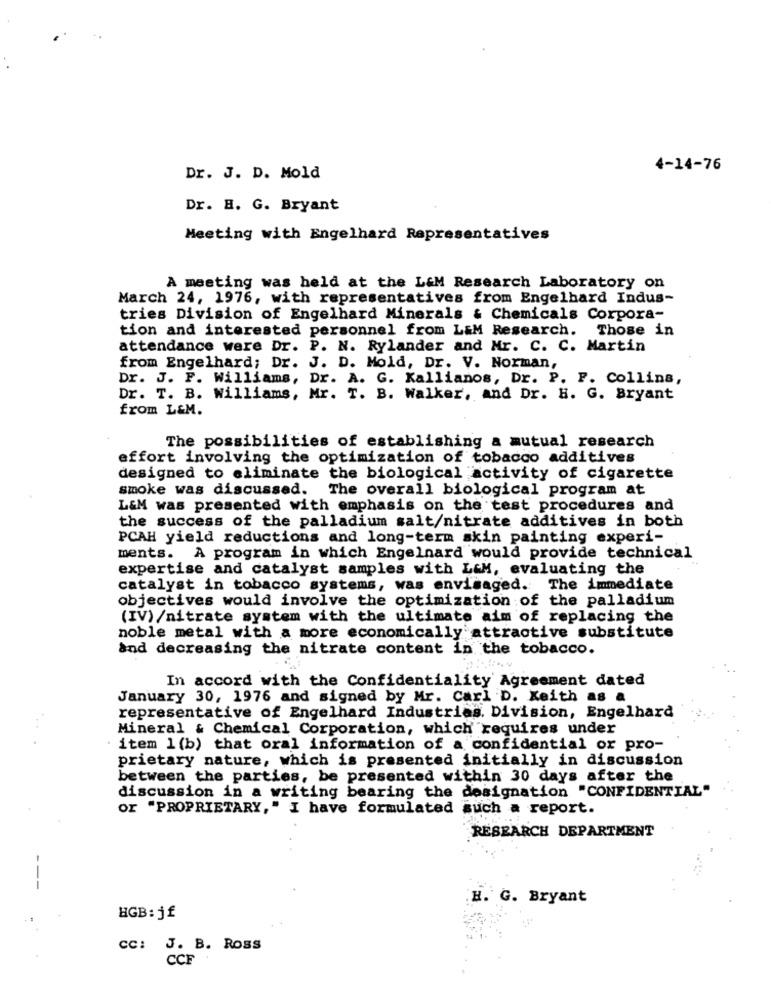
4-14-76
Dr. J. D. Mold
Dr. H. G. Bryant
Meeting with Engelhard Representatives
A meeting was held at the L&M Research Laboratory on
March 24, 1976, with representatives from Engelhard Indus-
tries Division of Engelhard Minerals & Chemicals Corpora-
tion and interested personnel from L&M Research.
Those in
attendance were Dr. P. N. Rylander and Mr. C. C. Martin
from Engelhard; Dr. J. D. Mold, Dr. V. Norman,
Dr. J. F. Williams, Dr. A. G. Kallianos, Dr. P. F. Collins,
Dr. T. B. Williams, Mr. T. B. Walker, and Dr. H. G. Bryant
from L&M.
The possibilities of establishing a mutual research
effort involving the optimization of tobacco additives
designed to eliminate the biological activity of cigarette
smoke was discussed. The overall biological program at
L&M was presented with emphasis on the test procedures and
the success of the palladium salt/nitrate additives in both
PCAH yield reductions and long-term skin painting experi-
ments. A program in which Engelnard would provide technical
expertise and catalyst samples with L&M, evaluating the
catalyst in tobacco systems, was envisaged. The immediate
objectives would involve the optimization of the palladium
(IV)/nitrate system with the ultimate aim of replacing the
noble metal with a more economically attractive substitute
and decreasing the nitrate content in the tobacco.
In accord with the Confidentiality Agreement dated
January 30, 1976 and signed by Mr. Carl D. Keith as
representative of Engelhard Industrias. Division, Engelhard
Mineral & Chemical Corporation, which requires under
item 1 (b) that oral information of a confidential or pro-
prietary nature, which is presented initially in discussion
between the parties, be presented within 30 days after the
discussion in a writing bearing the designation "CONFIDENTIAL"
or "PROPRIETARY," I have formulated such a report.
RESEARCH DEPARTMENT
H. G. Bryant
HGB: jf
CC: J. B. Ross
CCF